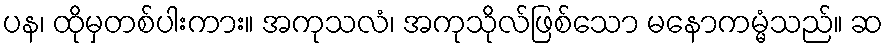
ပန၊ ထိုမှတစ်ပါးကား။ အကုသလံ၊ အကုသိုလ်ဖြစ်သော မနောကမ္မံသည်။ ဆ